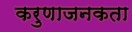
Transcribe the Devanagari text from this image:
करुणाजनकता